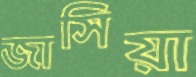
জাসিয়া